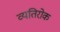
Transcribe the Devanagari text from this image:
व्यतिरोक